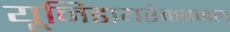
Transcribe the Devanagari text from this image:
यूनिडायरेक्शनल